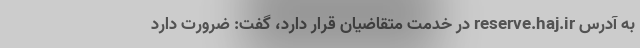
به آدرس reserve.haj.ir در خدمت متقاضیان قرار دارد، گفت: ضرورت دارد